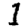
Digit: 1